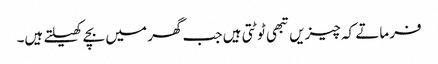
فرماتے کہ چیزیں تبھی ٹوٹتی ہیں جب گھر میں بچے کھیلتے ہیں۔